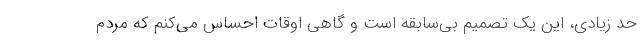
حد زیادی، این یک تصمیم بی‌سابقه است و گاهی اوقات احساس می‌کنم که مردم